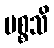
ပစ္စသိ